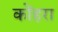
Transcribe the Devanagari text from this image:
कोंहरा